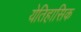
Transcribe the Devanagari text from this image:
येतिहासिक